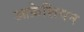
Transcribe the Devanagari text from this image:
आफ्रेशियन